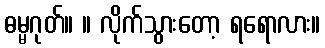
ဓမ္မဂုတ်။ ။ လိုက်သွားတော့ ရရောလား။